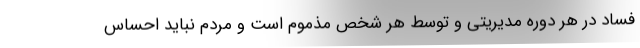
فساد در هر دوره مدیریتی و توسط هر شخص مذموم است و مردم نباید احساس